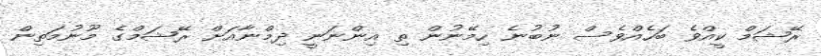
ރޭޝަމް ކީއްވެ ބަހެއްވެސް ނުބުނެ ހިމޭނުން ތި އިންނަނީ ދިމްނާއަށް ރޭޝަމްގެ މޫނުމަތިން